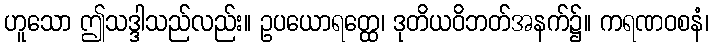
ဟူသော ဤသဒ္ဒါသည်လည်း။ ဥပယောရတ္ထေ၊ ဒုတိယဝိဘတ်အနက်၌။ ကရဏဝစနံ၊